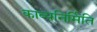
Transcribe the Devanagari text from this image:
काव्यनिर्मिति